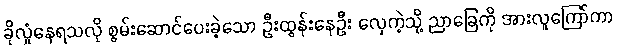
ခိုလှုံနေရသလို စွမ်းဆောင်ပေးခဲ့သော ဦးထွန်းနေဦး လှေကဲ့သို့ ညာခြေကို အားလူကြော်ကာ